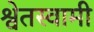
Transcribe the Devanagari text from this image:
श्वेतस्वामी